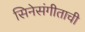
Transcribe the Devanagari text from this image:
सिनेसंगीताची